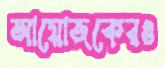
আয়োজকেরও